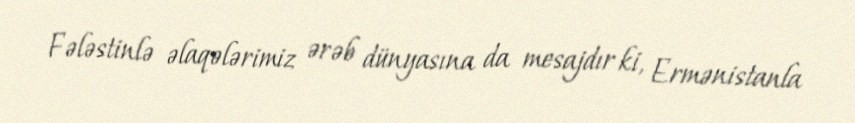
Fələstinlə əlaqələrimiz ərəb dünyasına da mesajdır ki, Ermənistanla